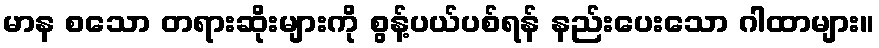
မာန စသော တရားဆိုးများကို စွန့်ပယ်ပစ်ရန် နည်းပေးသော ဂါထာများ။